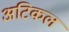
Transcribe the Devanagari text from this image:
अटिकल